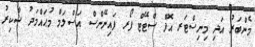
މެންބަރު އަދި މިނިސްޓަރ އޮފް ސްޓޭޓް ފޯރ ފައިނޭންސް އަސްލަމް މުޙައްމަދު ޝާކިރު